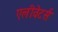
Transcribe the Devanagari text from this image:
एलीवेटर्स